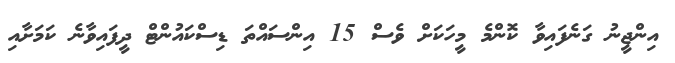
އިންޖީނު ގަނެފައިވާ ކޮންމެ މީހަކަށް ވެސް 15 އިންސައްތަ ޑިސްކައުންޓް ދީފައިވާނެ ކަމަށާއި